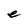
Character: e